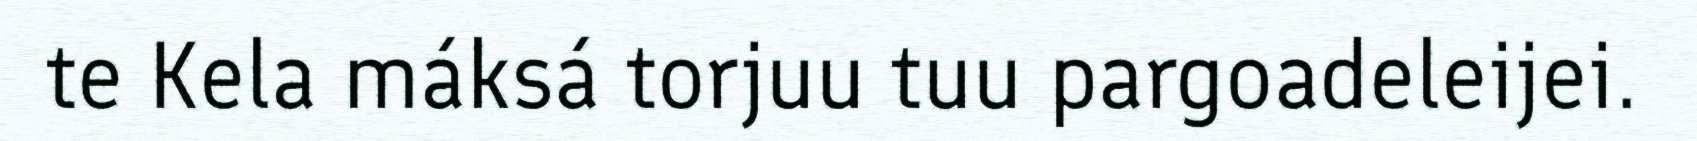
te Kela máksá torjuu tuu pargoadeleijei.